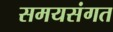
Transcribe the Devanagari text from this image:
समयसंगत